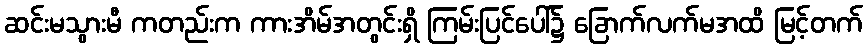
ဆင်းမသွားမီ ကတည်းက ကားအိမ်အတွင်းရှိ ကြမ်းပြင်ပေါ်၌ ခြောက်လက်မအထိ မြင့်တက်